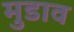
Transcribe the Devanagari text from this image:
मुडाव